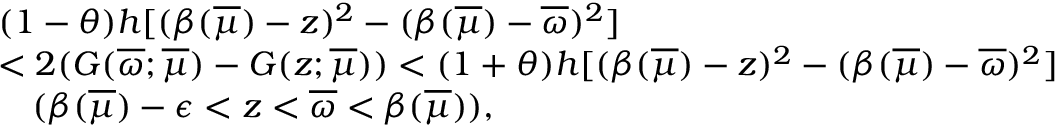
\begin{array} { r l } & { ( 1 - \theta ) h [ ( \beta ( \overline { { \mu } } ) - z ) ^ { 2 } - ( \beta ( \overline { { \mu } } ) - \overline { { \omega } } ) ^ { 2 } ] } \\ & { < 2 ( G ( \overline { { \omega } } ; \overline { { \mu } } ) - G ( z ; \overline { { \mu } } ) ) < ( 1 + \theta ) h [ ( \beta ( \overline { { \mu } } ) - z ) ^ { 2 } - ( \beta ( \overline { { \mu } } ) - \overline { { \omega } } ) ^ { 2 } ] } \\ & { \quad ( \beta ( \overline { { \mu } } ) - { \epsilon } < z < \overline { { \omega } } < \beta ( \overline { { \mu } } ) ) , } \end{array}